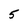
Character: 5